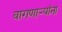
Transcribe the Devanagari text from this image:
वागणाऱ्यांना